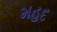
મહદ